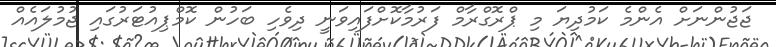
ޖަޖުންނަށް އެންމެ ކަމުދިޔަ މި ޕްރޮގްރާމް ފަރުމާކޮށްފައިވަނީ ދިވެހި ބަހުން ކޮމްޕިއުޓަރުގައި ޖުމުލައެއް